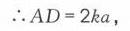
\(\therefore AD = 2k\)，